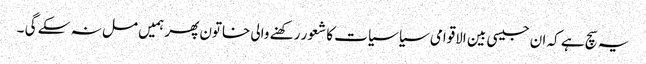
یہ سچ ہے کہ ان جیسی بین الاقوامی سیاسیات کا شعور رکھنے والی خاتون پھر ہمیں مل نہ سکے گی ۔